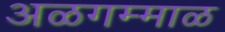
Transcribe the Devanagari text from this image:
अळगम्माळ